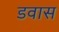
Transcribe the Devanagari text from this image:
डवास